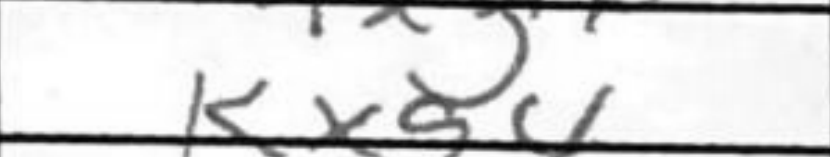
Transcription: Kxg4